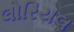
લોરિયલ